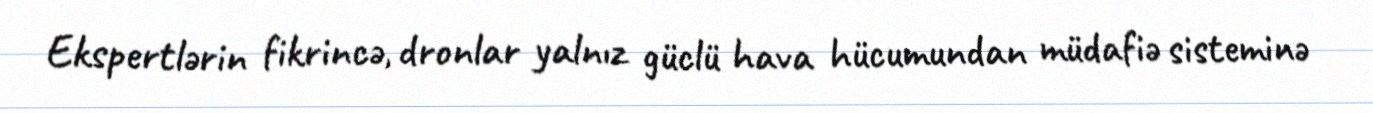
Ekspertlərin fikrincə, dronlar yalnız güclü hava hücumundan müdafiə sisteminə